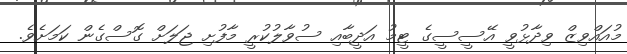
މުއައްވިޒް ވިދާޅުވީ އޭސީސީގެ ޓީމު އަދީބާއި ސުވާލުކުރީ މާފުށި ޖަލަށް ގޮސްގެން ކަމަށެވެ.